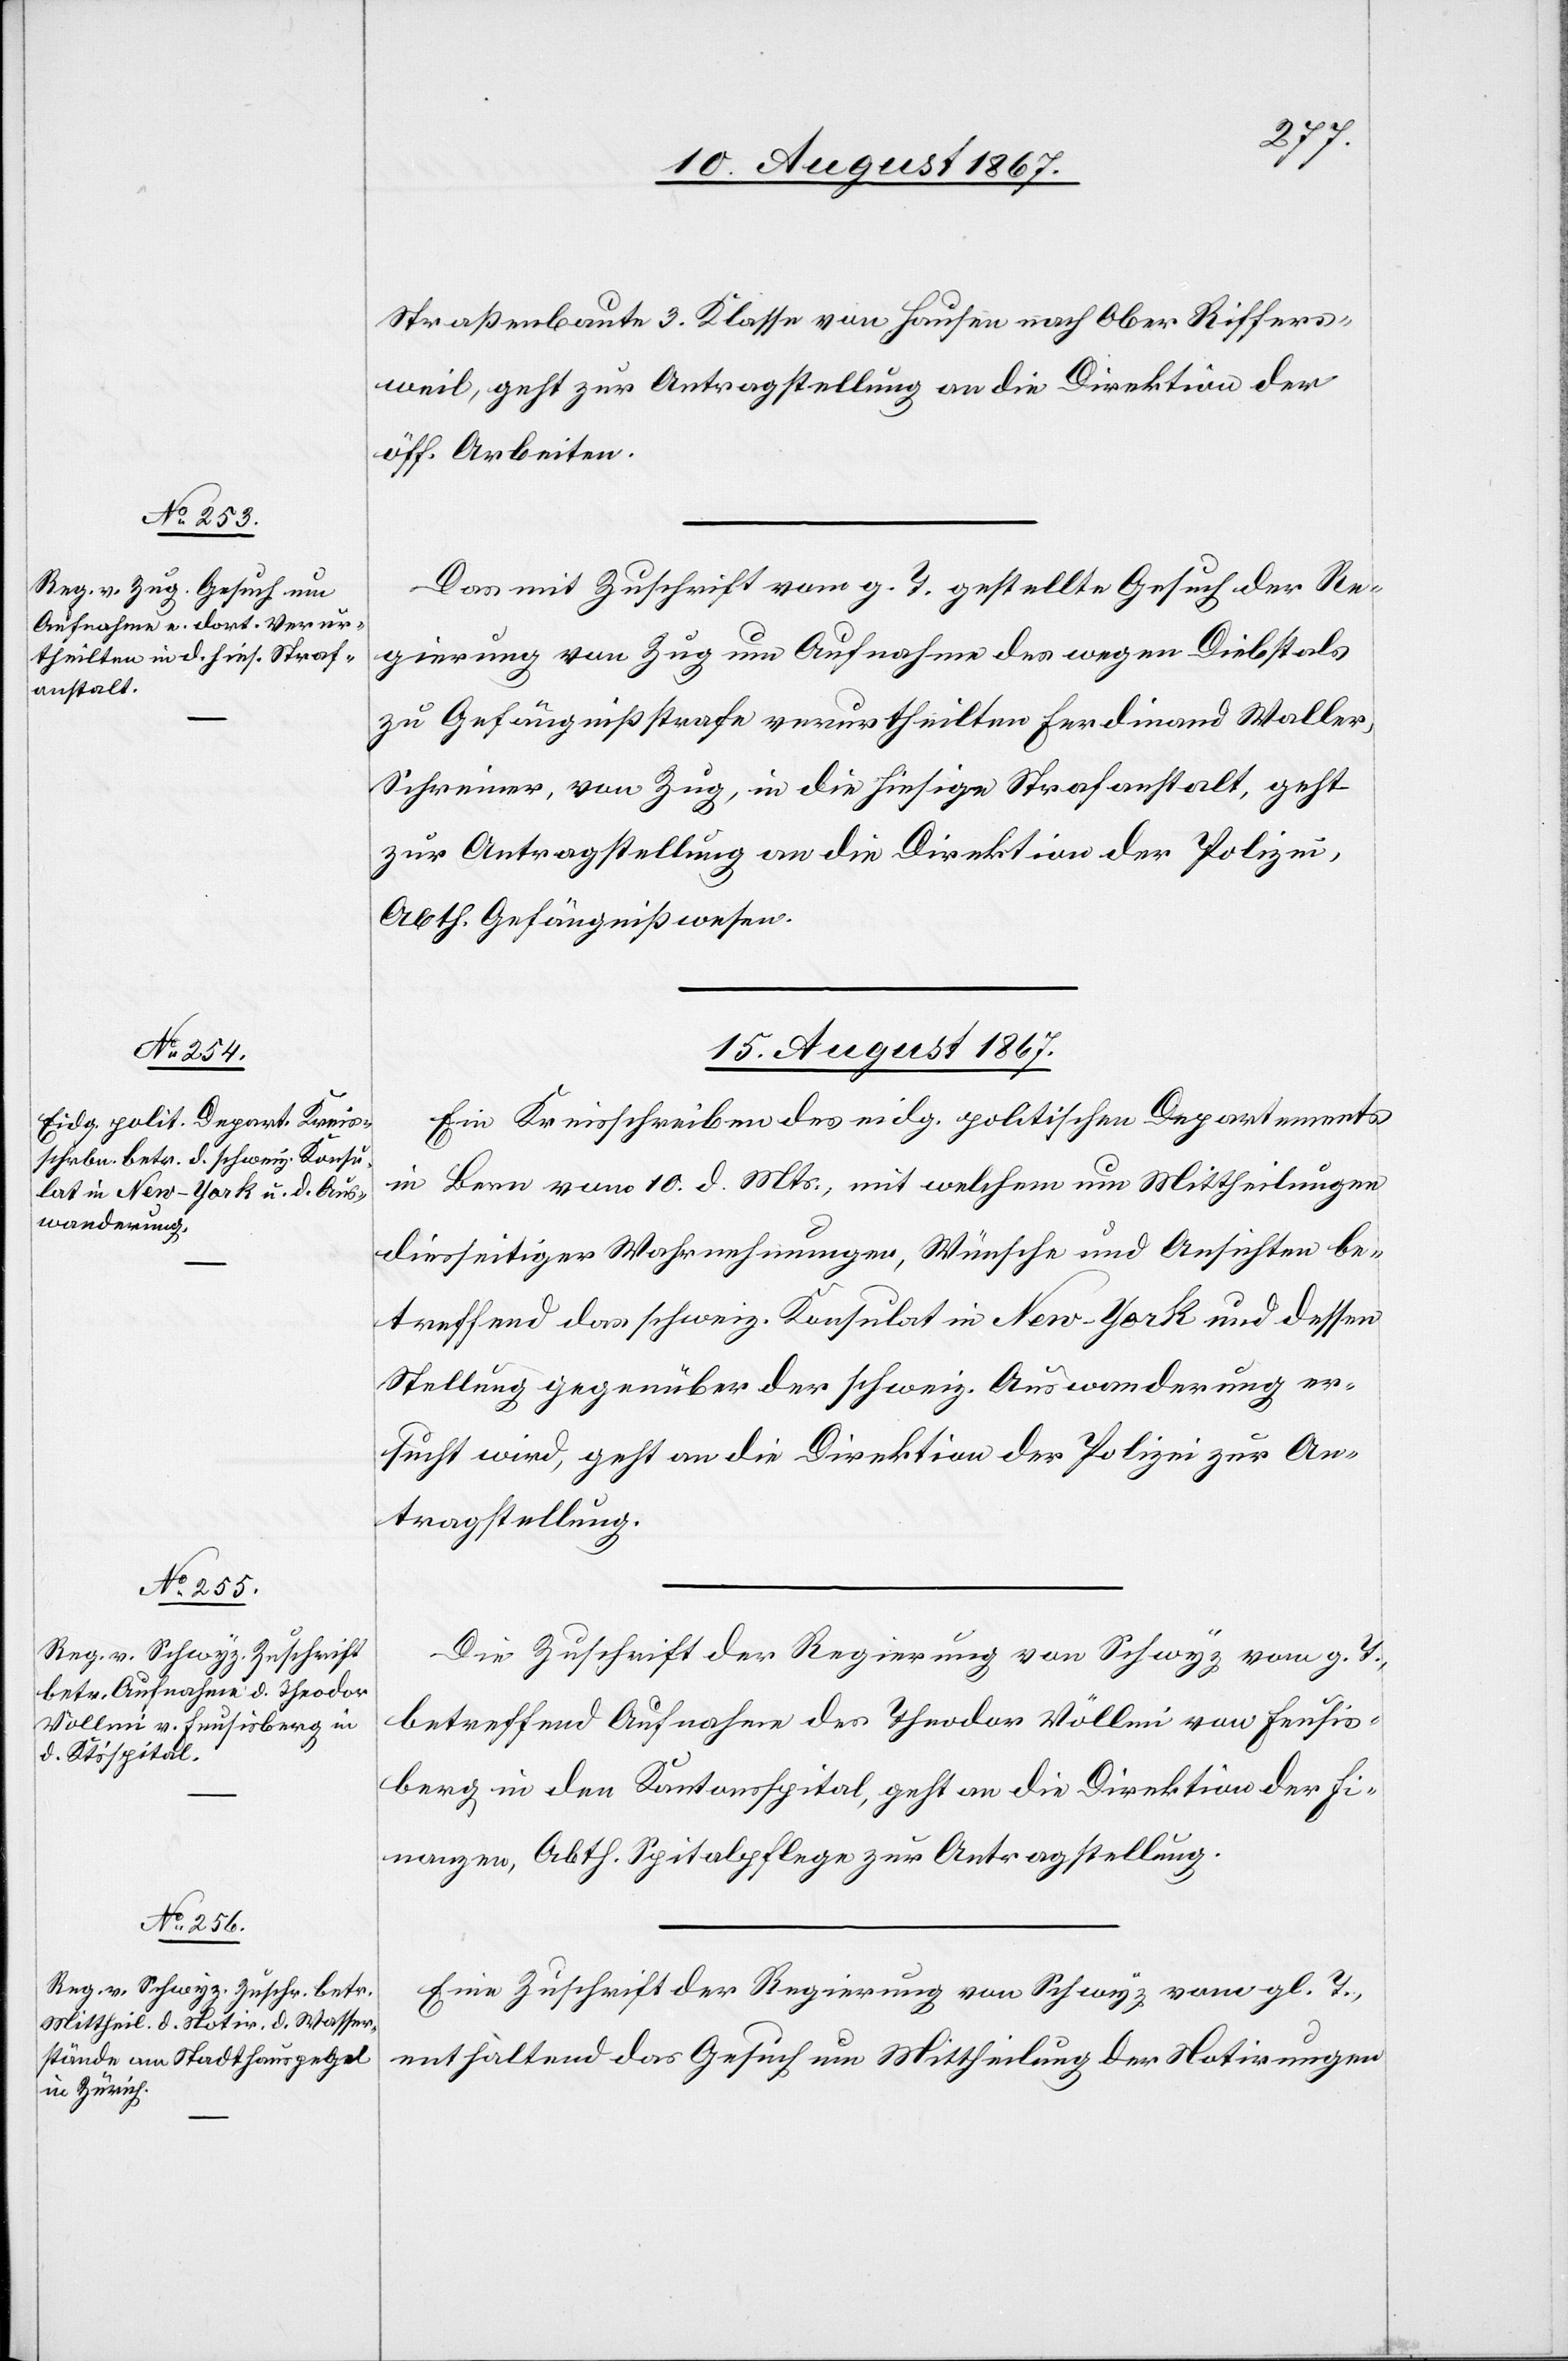
Straßenbaute 3. Klasse von Hausen nach Ober Riffers¬
weil, geht zur Antragstellung an die Direktion der
öff. Arbeiten.
Das mit Zuschrift vom g. T. gestellte Gesuch der Re¬
gierung von Zug um Aufnahme des wegen Diebstals
zu Gefängnißstrafe verurtheilten Ferdinand Waller,
Schreiner, von Zug, in die hiesige Strafanstalt, geht
zur Antragstellung an die Direktion der Polizei,
Abth. Gefängnißwesen.
15. August 1867.]
Ein Kreisschreiben des eidg. politischen Departements
in Bern vom 10. d. Mts., mit welchem um Mittheilungen
diesseitiger Wahrnehmungen, Wünsche und Ansichten be¬
treffend das schweiz. Konsulat in New-York und dessen
Stellung gegenüber der schweiz. Auswanderung er¬
sucht wird, geht an die Direktion der Polizei zur An¬
tragstellung.
Die Zuschrift der Regierung von Schwyz vom g. T.,
betreffend Aufnahme des Theodor Völlmi in den
Finanzen, Abth. Spitalpflege zur Antragstellung.
Eine Zuschrift der Regierung von Schwyz vom gl. T.,
enthaltend das Gesuch um Mittheilung der Notirungen